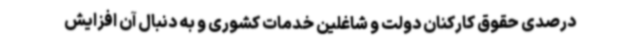
درصدی حقوق کارکنان دولت و شاغلین خدمات کشوری و به دنبال آن افزایش